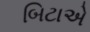
બિટાએ